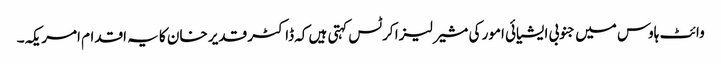
وائٹ ہاوس میں جنوبی ایشیائی امور کی مشیر لیزا کرٹس کہتی ہیں کہ ڈاکٹر قدیر خان کا یہ اقدام امریکہ۔